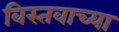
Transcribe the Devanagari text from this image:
विस्तवाच्या